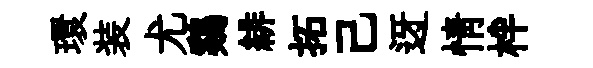
環装尤鷄緋拓己迓情柈